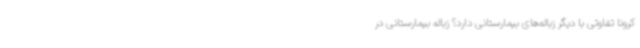
کرونا تفاوتی با دیگر زباله‌های بیمارستانی دارد؟ زباله بیمارستانی در